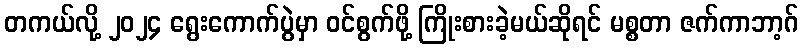
တကယ်လို့ ၂၀၂၄ ရွေးကောက်ပွဲမှာ ဝင်စွက်ဖို့ ကြိုးစားခဲ့မယ်ဆိုရင် မစ္စတာ ဇက်ကာဘာ့ဂ်